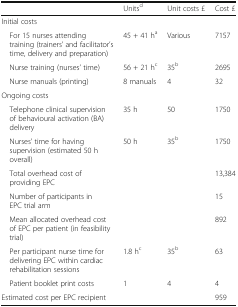
<table><thead><tr><td></td><td><b>Units<sup>d</sup></b></td><td><b>Unit costs £</b></td><td><b>Cost £</b></td></tr></thead><tbody><tr><td colspan="4">Initial costs</td></tr><tr><td> For 15 nurses attending training (trainers’ and facilitator’s time, delivery and preparation)</td><td>45 + 41 h<sup>a</sup></td><td>Various</td><td>7157</td></tr><tr><td> Nurse training (nurses’ time)</td><td>56 + 21 h<sup>c</sup></td><td>35<sup>b</sup></td><td>2695</td></tr><tr><td> Nurse manuals (printing)</td><td>8 manuals</td><td>4</td><td>32</td></tr><tr><td colspan="4">Ongoing costs</td></tr><tr><td> Telephone clinical supervision of behavioural activation (BA) delivery</td><td>35 h</td><td>50</td><td>1750</td></tr><tr><td> Nurses’ time for having supervision (estimated 50 h overall)</td><td>50 h</td><td>35<sup>b</sup></td><td>1750</td></tr><tr><td> Total overhead cost of providing EPC</td><td></td><td></td><td>13,384</td></tr><tr><td> Number of participants in EPC trial arm</td><td></td><td></td><td>15</td></tr><tr><td> Mean allocated overhead cost of EPC per patient (in feasibility trial)</td><td></td><td></td><td>892</td></tr><tr><td> Per participant nurse time for delivering EPC within cardiac rehabilitation sessions</td><td>1.8 h<sup>c</sup></td><td>35<sup>b</sup></td><td>63</td></tr><tr><td> Patient booklet print costs</td><td>1</td><td>4</td><td>4</td></tr><tr><td>Estimated cost per EPC recipient</td><td></td><td></td><td>959</td></tr></tbody></table>